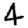
Digit: 4